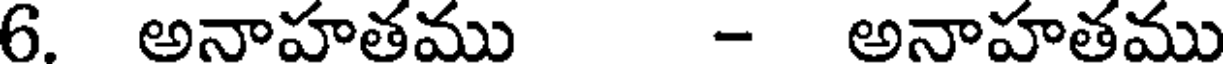
6. అనాహతము - అనాహతము